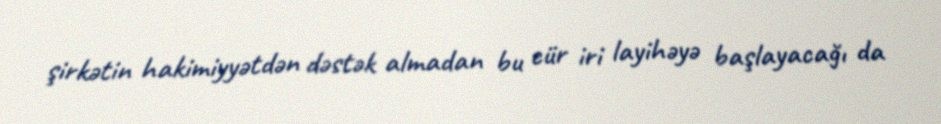
şirkətin hakimiyyətdən dəstək almadan bu cür iri layihəyə başlayacağı da